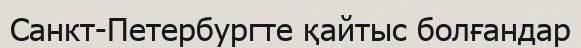
Санкт-Петербургте қайтыс болғандар